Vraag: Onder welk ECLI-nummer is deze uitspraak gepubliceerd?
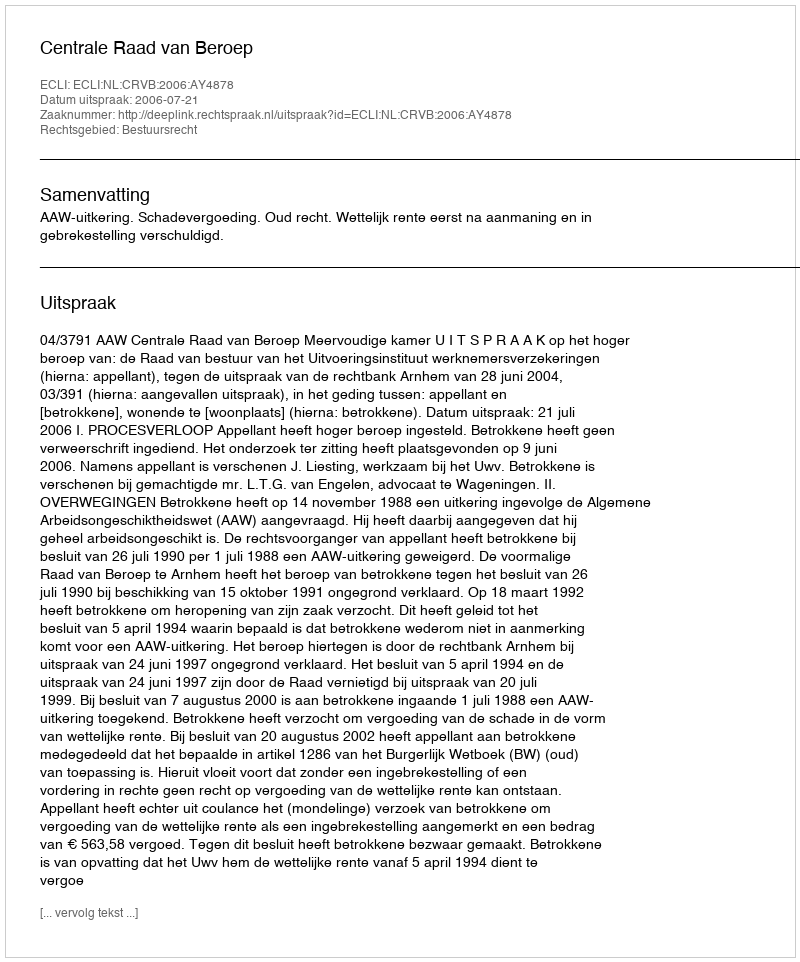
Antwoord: ECLI:NL:CRVB:2006:AY4878